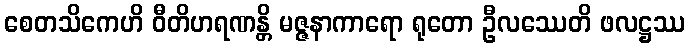
စေတသိကေဟိ ဝီတိဟရဏန္တိ မဇ္ဇနာကာရော ရုတော ဦလဿေတိ ဖလဋ္ဌဿ